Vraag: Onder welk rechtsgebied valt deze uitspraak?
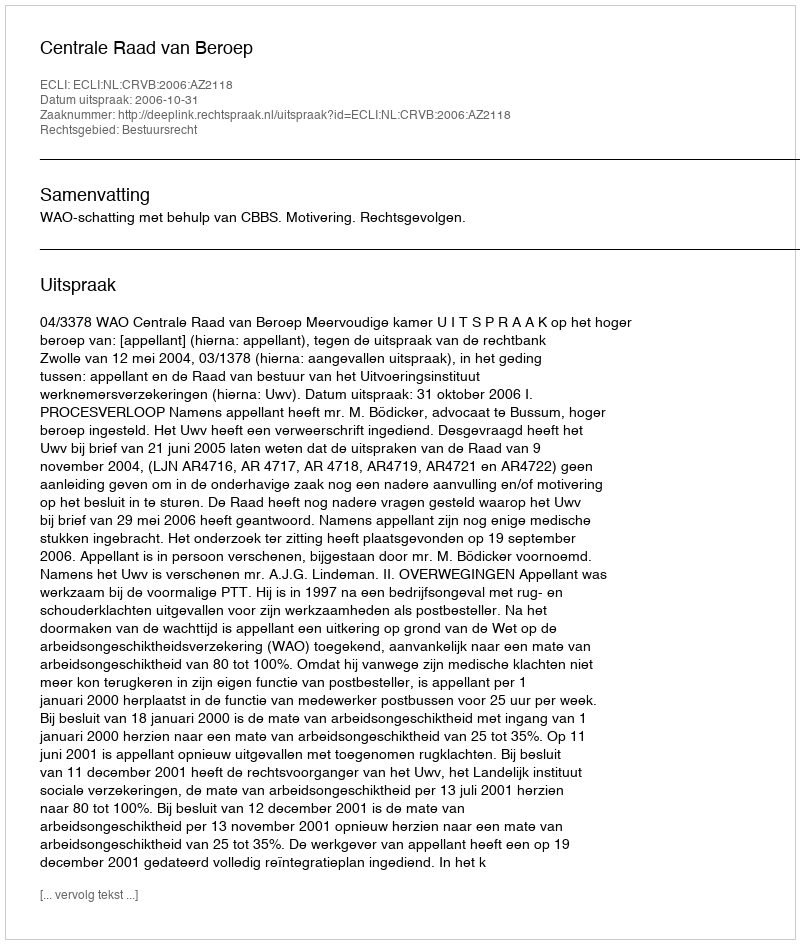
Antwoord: Bestuursrecht